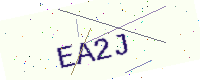
Text: EA2J